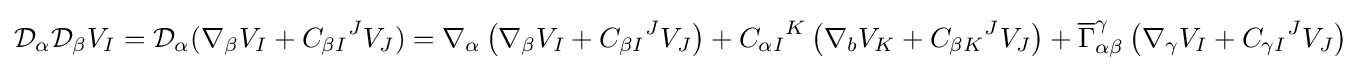
{\mathcal {D}}_{\alpha }{\mathcal {D}}_{\beta }V_{I}={\mathcal {D}}_{\alpha }(\nabla _{\beta }V_{I}+{C_{\beta I}}^{J}V_{J})=\nabla _{\alpha }\left(\nabla _{\beta }V_{I}+{C_{\beta I}}^{J}V_{J}\right)+{C_{\alpha I}}^{K}\left(\nabla _{b}V_{K}+{C_{\beta K}}^{J}V_{J}\right)+{\overline {\Gamma }}_{\alpha \beta }^{\gamma }\left(\nabla _{\gamma }V_{I}+{C_{\gamma I}}^{J}V_{J}\right)